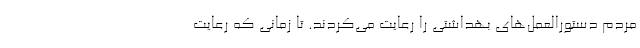
مردم دستورالعمل‌های بهداشتی را رعایت می‌کردند. تا زمانی که رعایت